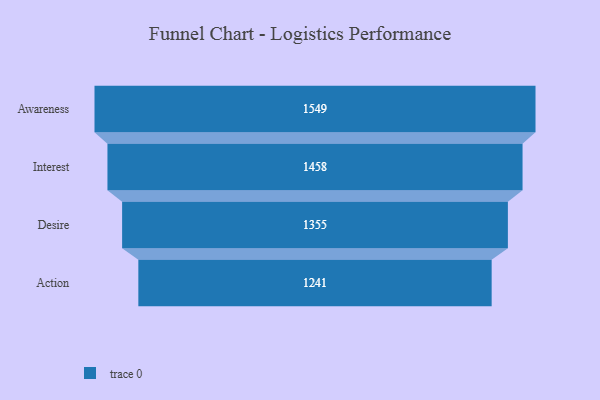
{"axis": {"x": "Stage", "y": "Value"}, "legend": [""], "data": [{"x": "Awareness", "y": 1549.0, "type": ""}, {"x": "Interest", "y": 1458.0, "type": ""}, {"x": "Desire", "y": 1355.0, "type": ""}, {"x": "Action", "y": 1241.0, "type": ""}]}